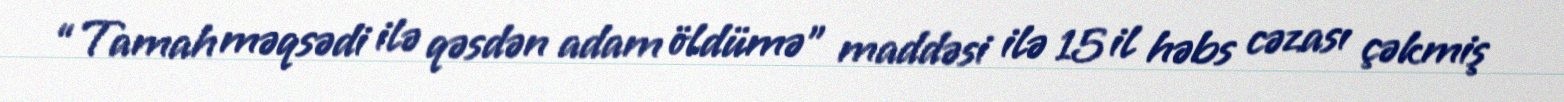
“Tamah məqsədi ilə qəsdən adam öldümə” maddəsi ilə 15 il həbs cəzası çəkmiş